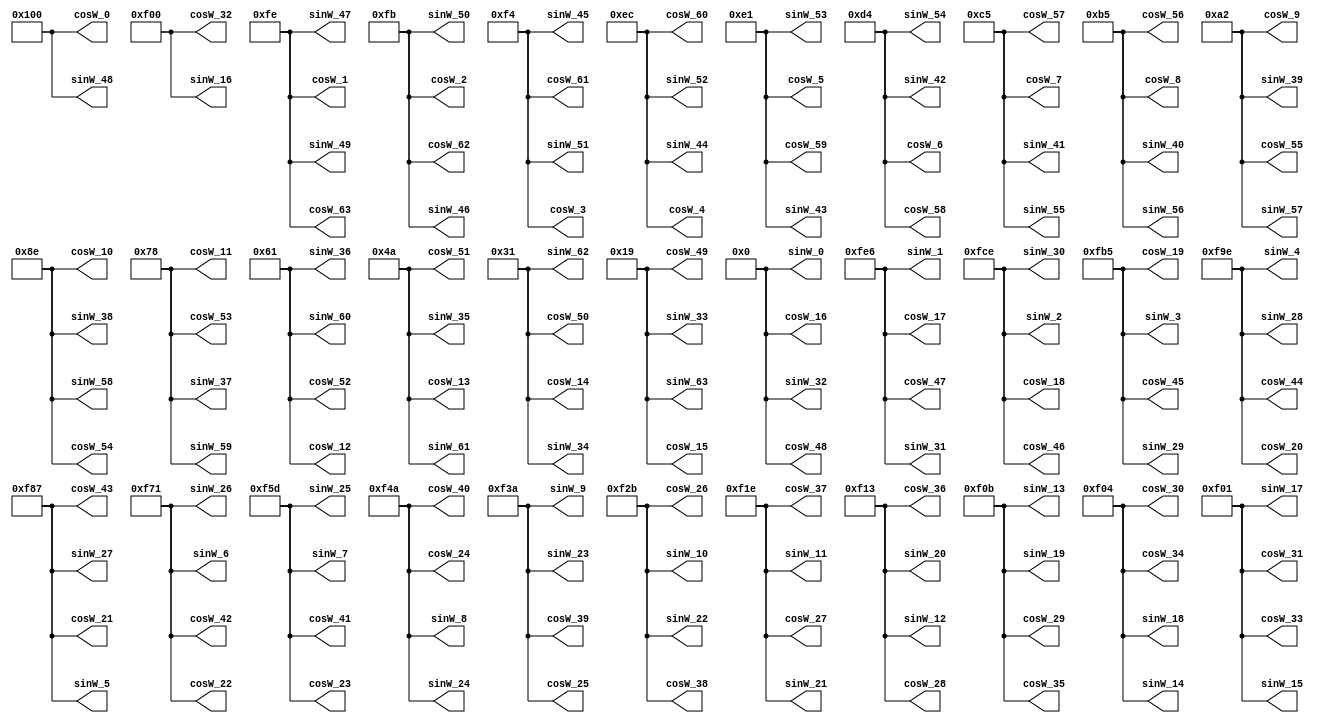
`timescale 1ns / 1ps
//////////////////////////////////////////////////////////////////////////////////
// Company: 
// Engineer: 
// 
// Design Name: 
// Module Name: twiddle_factors
// Project Name: 
// Target Devices: 
// Tool Versions: 
// Description: 
// 
// Dependencies: 
// 
// Revision:
// Revision 0.01 - File Created
// Additional Comments:
// 
//////////////////////////////////////////////////////////////////////////////////


module twiddle_factors(
    output   [11 : 0] cosW_0,
    output   [11 : 0] cosW_1,
    output   [11 : 0] cosW_2,
    output   [11 : 0] cosW_3,
    output   [11 : 0] cosW_4,
    output   [11 : 0] cosW_5,
    output   [11 : 0] cosW_6,
    output   [11 : 0] cosW_7,
    output   [11 : 0] cosW_8,
    output   [11 : 0] cosW_9,
    output   [11 : 0] cosW_10,
    output   [11 : 0] cosW_11,
    output   [11 : 0] cosW_12,
    output   [11 : 0] cosW_13,
    output   [11 : 0] cosW_14,
    output   [11 : 0] cosW_15,
    output   [11 : 0] cosW_16,
    output   [11 : 0] cosW_17,
    output   [11 : 0] cosW_18,
    output   [11 : 0] cosW_19,
    output   [11 : 0] cosW_20,
    output   [11 : 0] cosW_21,
    output   [11 : 0] cosW_22,
    output   [11 : 0] cosW_23,
    output   [11 : 0] cosW_24,
    output   [11 : 0] cosW_25,
    output   [11 : 0] cosW_26,
    output   [11 : 0] cosW_27,
    output   [11 : 0] cosW_28,
    output   [11 : 0] cosW_29,
    output   [11 : 0] cosW_30,
    output   [11 : 0] cosW_31,
    output   [11 : 0] cosW_32,
    output   [11 : 0] cosW_33,
    output   [11 : 0] cosW_34,
    output   [11 : 0] cosW_35,
    output   [11 : 0] cosW_36,
    output   [11 : 0] cosW_37,
    output   [11 : 0] cosW_38,
    output   [11 : 0] cosW_39,
    output   [11 : 0] cosW_40,
    output   [11 : 0] cosW_41,
    output   [11 : 0] cosW_42,
    output   [11 : 0] cosW_43,
    output   [11 : 0] cosW_44,
    output   [11 : 0] cosW_45,
    output   [11 : 0] cosW_46,
    output   [11 : 0] cosW_47,
    output   [11 : 0] cosW_48,
    output   [11 : 0] cosW_49,
    output   [11 : 0] cosW_50,
    output   [11 : 0] cosW_51,
    output   [11 : 0] cosW_52,
    output   [11 : 0] cosW_53,
    output   [11 : 0] cosW_54,
    output   [11 : 0] cosW_55,
    output   [11 : 0] cosW_56,
    output   [11 : 0] cosW_57,
    output   [11 : 0] cosW_58,
    output   [11 : 0] cosW_59,
    output   [11 : 0] cosW_60,
    output   [11 : 0] cosW_61,
    output   [11 : 0] cosW_62,
    output   [11 : 0] cosW_63,
    output   [11 : 0] sinW_0,
    output   [11 : 0] sinW_1,
    output   [11 : 0] sinW_2,
    output   [11 : 0] sinW_3,
    output   [11 : 0] sinW_4,
    output   [11 : 0] sinW_5,
    output   [11 : 0] sinW_6,
    output   [11 : 0] sinW_7,
    output   [11 : 0] sinW_8,
    output   [11 : 0] sinW_9,
    output   [11 : 0] sinW_10,
    output   [11 : 0] sinW_11,
    output   [11 : 0] sinW_12,
    output   [11 : 0] sinW_13,
    output   [11 : 0] sinW_14,
    output   [11 : 0] sinW_15,
    output   [11 : 0] sinW_16,
    output   [11 : 0] sinW_17,
    output   [11 : 0] sinW_18,
    output   [11 : 0] sinW_19,
    output   [11 : 0] sinW_20,
    output   [11 : 0] sinW_21,
    output   [11 : 0] sinW_22,
    output   [11 : 0] sinW_23,
    output   [11 : 0] sinW_24,
    output   [11 : 0] sinW_25,
    output   [11 : 0] sinW_26,
    output   [11 : 0] sinW_27,
    output   [11 : 0] sinW_28,
    output   [11 : 0] sinW_29,
    output   [11 : 0] sinW_30,
    output   [11 : 0] sinW_31,
    output   [11 : 0] sinW_32,
    output   [11 : 0] sinW_33,
    output   [11 : 0] sinW_34,
    output   [11 : 0] sinW_35,
    output   [11 : 0] sinW_36,
    output   [11 : 0] sinW_37,
    output   [11 : 0] sinW_38,
    output   [11 : 0] sinW_39,
    output   [11 : 0] sinW_40,
    output   [11 : 0] sinW_41,
    output   [11 : 0] sinW_42,
    output   [11 : 0] sinW_43,
    output   [11 : 0] sinW_44,
    output   [11 : 0] sinW_45,
    output   [11 : 0] sinW_46,
    output   [11 : 0] sinW_47,
    output   [11 : 0] sinW_48,
    output   [11 : 0] sinW_49,
    output   [11 : 0] sinW_50,
    output   [11 : 0] sinW_51,
    output   [11 : 0] sinW_52,
    output   [11 : 0] sinW_53,
    output   [11 : 0] sinW_54,
    output   [11 : 0] sinW_55,
    output   [11 : 0] sinW_56,
    output   [11 : 0] sinW_57,
    output   [11 : 0] sinW_58,
    output   [11 : 0] sinW_59,
    output   [11 : 0] sinW_60,
    output   [11 : 0] sinW_61,
    output   [11 : 0] sinW_62,
    output   [11 : 0] sinW_63
    );
    
    
    assign cosW_0   = 12'b000100000000;
    assign cosW_1   = 12'b000011111110;
    assign cosW_2   = 12'b000011111011;
    assign cosW_3   = 12'b000011110100;
    assign cosW_4   = 12'b000011101100;
    assign cosW_5   = 12'b000011100001;
    assign cosW_6   = 12'b000011010100;
    assign cosW_7   = 12'b000011000101;
    assign cosW_8   = 12'b000010110101;
    assign cosW_9   = 12'b000010100010;
    assign cosW_10   = 12'b000010001110;
    assign cosW_11   = 12'b000001111000;
    assign cosW_12   = 12'b000001100001;
    assign cosW_13   = 12'b000001001010;
    assign cosW_14   = 12'b000000110001;
    assign cosW_15   = 12'b000000011001;
    assign cosW_16   = 12'b000000000000;
    assign cosW_17   = 12'b111111100110;
    assign cosW_18   = 12'b111111001110;
    assign cosW_19   = 12'b111110110101;
    assign cosW_20   = 12'b111110011110;
    assign cosW_21   = 12'b111110000111;
    assign cosW_22   = 12'b111101110001;
    assign cosW_23   = 12'b111101011101;
    assign cosW_24   = 12'b111101001010;
    assign cosW_25   = 12'b111100111010;
    assign cosW_26   = 12'b111100101011;
    assign cosW_27   = 12'b111100011110;
    assign cosW_28   = 12'b111100010011;
    assign cosW_29   = 12'b111100001011;
    assign cosW_30   = 12'b111100000100;
    assign cosW_31   = 12'b111100000001;
    assign cosW_32   = 12'b111100000000;
    assign cosW_33   = 12'b111100000001;
    assign cosW_34   = 12'b111100000100;
    assign cosW_35   = 12'b111100001011;
    assign cosW_36   = 12'b111100010011;
    assign cosW_37   = 12'b111100011110;
    assign cosW_38   = 12'b111100101011;
    assign cosW_39   = 12'b111100111010;
    assign cosW_40   = 12'b111101001010;
    assign cosW_41   = 12'b111101011101;
    assign cosW_42   = 12'b111101110001;
    assign cosW_43   = 12'b111110000111;
    assign cosW_44   = 12'b111110011110;
    assign cosW_45   = 12'b111110110101;
    assign cosW_46   = 12'b111111001110;
    assign cosW_47   = 12'b111111100110;
    assign cosW_48   = 12'b000000000000;
    assign cosW_49   = 12'b000000011001;
    assign cosW_50   = 12'b000000110001;
    assign cosW_51   = 12'b000001001010;
    assign cosW_52   = 12'b000001100001;
    assign cosW_53   = 12'b000001111000;
    assign cosW_54   = 12'b000010001110;
    assign cosW_55   = 12'b000010100010;
    assign cosW_56   = 12'b000010110101;
    assign cosW_57   = 12'b000011000101;
    assign cosW_58   = 12'b000011010100;
    assign cosW_59   = 12'b000011100001;
    assign cosW_60   = 12'b000011101100;
    assign cosW_61   = 12'b000011110100;
    assign cosW_62   = 12'b000011111011;
    assign cosW_63   = 12'b000011111110;
    
    assign sinW_0   = 12'b000000000000;
    assign sinW_1   = 12'b111111100110;
    assign sinW_2   = 12'b111111001110;
    assign sinW_3   = 12'b111110110101;
    assign sinW_4   = 12'b111110011110;
    assign sinW_5   = 12'b111110000111;
    assign sinW_6   = 12'b111101110001;
    assign sinW_7   = 12'b111101011101;
    assign sinW_8   = 12'b111101001010;
    assign sinW_9   = 12'b111100111010;
    assign sinW_10   = 12'b111100101011;
    assign sinW_11   = 12'b111100011110;
    assign sinW_12   = 12'b111100010011;
    assign sinW_13   = 12'b111100001011;
    assign sinW_14   = 12'b111100000100;
    assign sinW_15   = 12'b111100000001;
    assign sinW_16   = 12'b111100000000;
    assign sinW_17   = 12'b111100000001;
    assign sinW_18   = 12'b111100000100;
    assign sinW_19   = 12'b111100001011;
    assign sinW_20   = 12'b111100010011;
    assign sinW_21   = 12'b111100011110;
    assign sinW_22   = 12'b111100101011;
    assign sinW_23   = 12'b111100111010;
    assign sinW_24   = 12'b111101001010;
    assign sinW_25   = 12'b111101011101;
    assign sinW_26   = 12'b111101110001;
    assign sinW_27   = 12'b111110000111;
    assign sinW_28   = 12'b111110011110;
    assign sinW_29   = 12'b111110110101;
    assign sinW_30   = 12'b111111001110;
    assign sinW_31   = 12'b111111100110;
    assign sinW_32   = 12'b000000000000;
    assign sinW_33   = 12'b000000011001;
    assign sinW_34   = 12'b000000110001;
    assign sinW_35   = 12'b000001001010;
    assign sinW_36   = 12'b000001100001;
    assign sinW_37   = 12'b000001111000;
    assign sinW_38   = 12'b000010001110;
    assign sinW_39   = 12'b000010100010;
    assign sinW_40   = 12'b000010110101;
    assign sinW_41   = 12'b000011000101;
    assign sinW_42   = 12'b000011010100;
    assign sinW_43   = 12'b000011100001;
    assign sinW_44   = 12'b000011101100;
    assign sinW_45   = 12'b000011110100;
    assign sinW_46   = 12'b000011111011;
    assign sinW_47   = 12'b000011111110;
    assign sinW_48   = 12'b000100000000;
    assign sinW_49   = 12'b000011111110;
    assign sinW_50   = 12'b000011111011;
    assign sinW_51   = 12'b000011110100;
    assign sinW_52   = 12'b000011101100;
    assign sinW_53   = 12'b000011100001;
    assign sinW_54   = 12'b000011010100;
    assign sinW_55   = 12'b000011000101;
    assign sinW_56   = 12'b000010110101;
    assign sinW_57   = 12'b000010100010;
    assign sinW_58   = 12'b000010001110;
    assign sinW_59   = 12'b000001111000;
    assign sinW_60   = 12'b000001100001;
    assign sinW_61   = 12'b000001001010;
    assign sinW_62   = 12'b000000110001;
    assign sinW_63   = 12'b000000011001;
endmodule